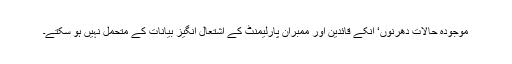
موجودہ حالات دھرنوں‘ انکے قائدین اور ممبران پارلیمنٹ کے اشتعال انگیز بیانات کے متحمل نہیں ہو سکتے۔